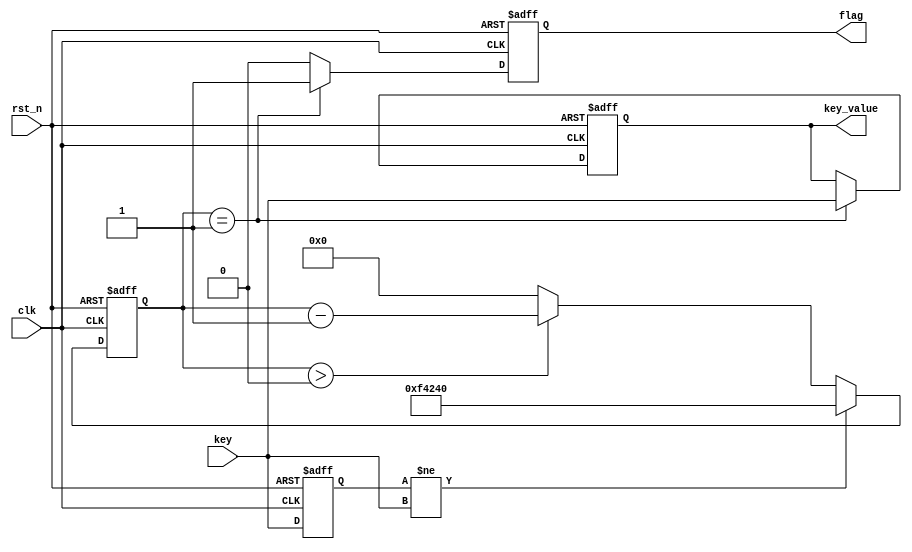
module key_debounce(
	input 	wire	clk,
	input 	wire 	rst_n,
	input 	wire 	key,
	
	output 	reg 	flag,// 0, 1
	output 	reg	key_value//key
);
 
parameter MAX_NUM = 20'd1_000_000;
 
reg [19:0] delay_cnt;//1_000_000
 
reg key_reg;//key
 
always @(posedge clk or negedge rst_n) begin
	if(!rst_n) begin
		key_reg <= 1;
		delay_cnt <= 0;
	end
	
	else begin
		key_reg <= key;
		//key1 key 0 ,
		if(key_reg  != key  ) begin 
		   delay_cnt <= MAX_NUM ;
		end
		else begin
		    if(delay_cnt > 0)
				delay_cnt <= delay_cnt -1;
			else
				delay_cnt <= 0;
		end
	end
end
 
 
//,key
always @(posedge clk or negedge rst_n) begin
	if(!rst_n) begin
		flag <= 0;
		key_value <= 1;
	end
 
	else begin
		
		//  ,
		if(delay_cnt == 1) begin
			flag <= 1;
			key_value <= key;
		end
		else begin
			flag <= 0;
			key_value <= key_value;
		end
	end
end
 
endmodule